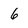
Character: 6